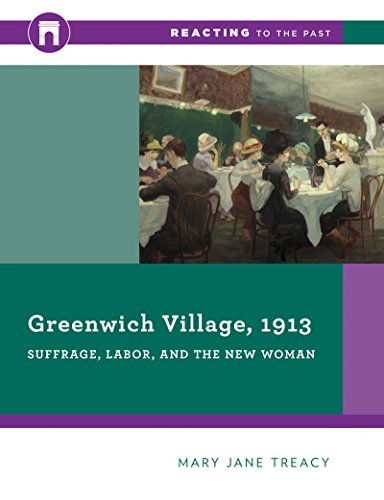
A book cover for Greenwich Village, 1913: Suffrage, Labor, and the New Woman (Reacting to the Past); Mary Jane Treacy; History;